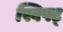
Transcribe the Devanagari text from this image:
स्विफ्ट्